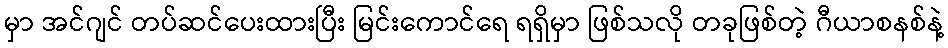
မှာ အင်ဂျင် တပ်ဆင်ပေးထားပြီး မြင်းကောင်ရေ ရရှိမှာ ဖြစ်သလို တခုဖြစ်တဲ့ ဂီယာစနစ်နဲ့